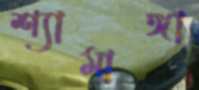
শ্যামাঙ্গা